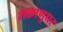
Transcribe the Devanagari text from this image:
शक्राणुधर